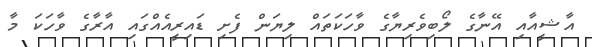
އާޝީއާއި އޭނާގެ ލޯބިވެރިޔާގެ ވާހަކަތައް ލިޔަން ފެށި ޑައިރީއެއްގައި އާރާގެ ވާހަކަ މާ